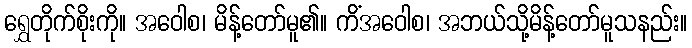
ရွှေတိုက်စိုးကို။ အဝေါစ၊ မိန့်တော်မူ၏။ ကိံအဝေါစ၊ အဘယ်သို့မိန့်တော်မူသနည်း။